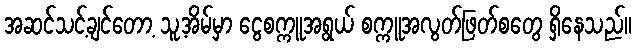
အဆင်သင့်ချင်တော့ သူ့အိမ်မှာ ငွေစက္ကူအရွယ် စက္ကူအလွတ်ဖြတ်စတွေ ရှိနေသည်။